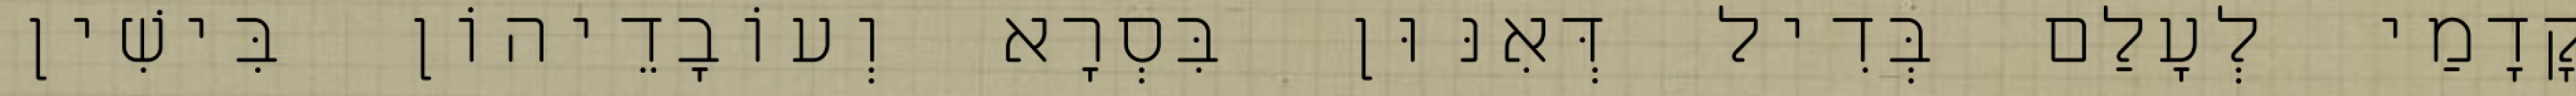
קֳדָמַי לְעָלַם בְּדִיל דְּאִנּוּן בִּסְרָא וְעוֹבָדֵיהוֹן בִּישִׁין